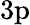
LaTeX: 3\mathrm{p}